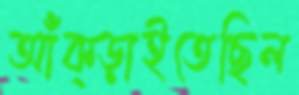
আঁক্‌ড়াইতেছিল